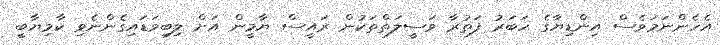
އެހެންނަމަވެސް އިންޑިޔާގެ ހަބަރު ފަތުރާ ވަސީލަތްތަކުން ރައީސް ޔާމީން އަށް ލިބިވަޑައިގެންނެވި ކާމިޔާބީ